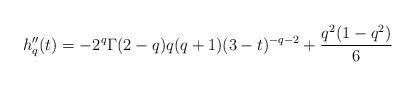
LaTeX: \begin{align*}h_q''(t) = -2^q\Gamma(2-q)q(q+1)(3-t)^{-q-2} + \frac{q^2(1-q^2)}{6}\end{align*}